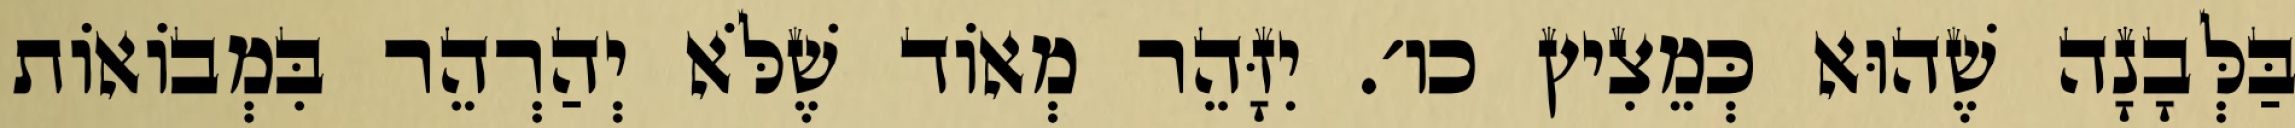
בַּלְּבָנָה שֶׁהוּא כְּמֵצִיץ כו׳. יִזָּהֵר מְאוֹד שֶׁלֹּא יְהַרְהֵר בִּמְבוֹאוֹת